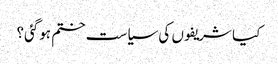
کیا شریفوں کی سیاست ختم ہوگئی؟